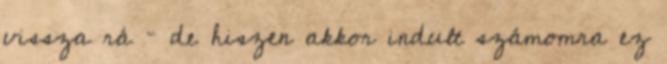
vissza rá – de hiszen akkor indult számomra ez